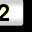
Digit: 2